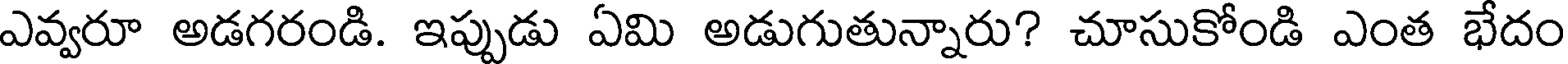
ఎవ్వరూ అడగరండి. ఇప్పుడు ఏమి అడుగుతున్నారు? చూసుకోండి ఎంత భేదం